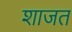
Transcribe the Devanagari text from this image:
शाजत